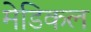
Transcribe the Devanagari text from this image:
मेडिकल